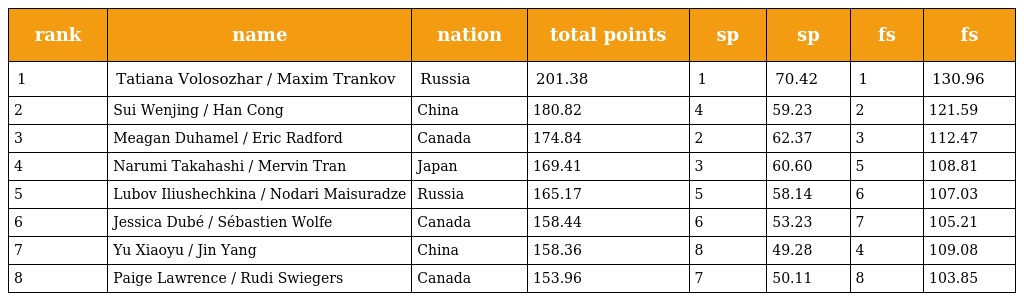
| rank | name | nation | total points | sp | sp | fs | fs |
 | --- | --- | --- | --- | --- | --- | --- | --- |
 | 1 | Tatiana Volosozhar / Maxim Trankov | Russia | 201.38 | 1 | 70.42 | 1 | 130.96 |
 | 2 | Sui Wenjing / Han Cong | China | 180.82 | 4 | 59.23 | 2 | 121.59 |
 | 3 | Meagan Duhamel / Eric Radford | Canada | 174.84 | 2 | 62.37 | 3 | 112.47 |
 | 4 | Narumi Takahashi / Mervin Tran | Japan | 169.41 | 3 | 60.60 | 5 | 108.81 |
 | 5 | Lubov Iliushechkina / Nodari Maisuradze | Russia | 165.17 | 5 | 58.14 | 6 | 107.03 |
 | 6 | Jessica Dubé / Sébastien Wolfe | Canada | 158.44 | 6 | 53.23 | 7 | 105.21 |
 | 7 | Yu Xiaoyu / Jin Yang | China | 158.36 | 8 | 49.28 | 4 | 109.08 |
 | 8 | Paige Lawrence / Rudi Swiegers | Canada | 153.96 | 7 | 50.11 | 8 | 103.85 |